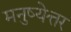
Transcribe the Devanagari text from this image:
मनुष्येत्तर